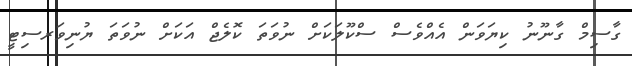
ގާސިމް ގާނޫނު ކިޔަވަން އެއްވެސް ސްކޫލަކަށް ނުވަތަ ކޮލެޖް އަކަށް ނުވަތަ ޔުނިވަރސިޓީ